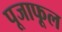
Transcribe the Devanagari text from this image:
पूजाफूल